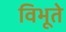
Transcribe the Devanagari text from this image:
विभूते